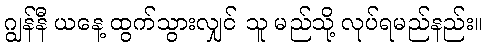
ဂျွန်နီ ယနေ့ ထွက်သွားလျှင် သူ မည်သို့ လုပ်ရမည်နည်း။